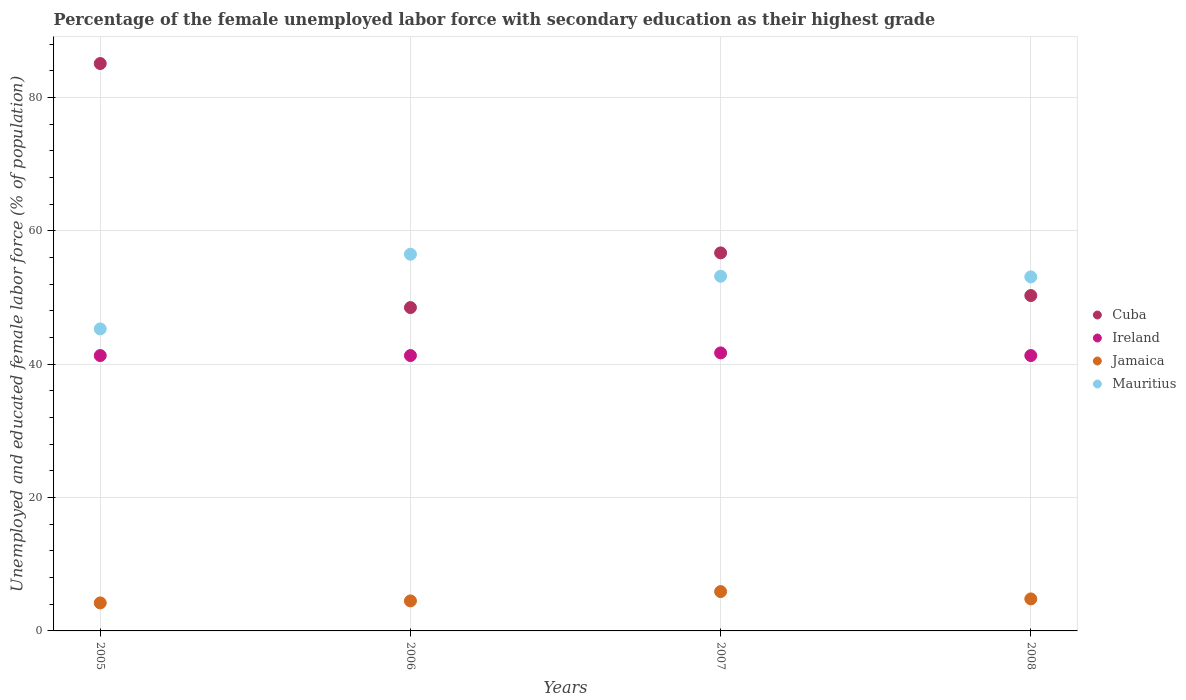
| Years | Cuba | Ireland | Jamaica | Mauritius |
 | --- | --- | --- | --- | --- |
 | 2005 | 85.1 | 41.3 | 4.2 | 45.3 |
 | 2006 | 48.5 | 41.3 | 4.5 | 56.5 |
 | 2007 | 56.7 | 41.7 | 5.9 | 53.2 |
 | 2008 | 50.3 | 41.3 | 4.8 | 53.1 |